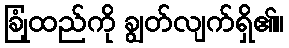
ခြုံထည်ကို ချွတ်လျက်ရှိ၏။